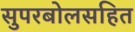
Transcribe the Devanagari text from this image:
सुपरबोलसहित